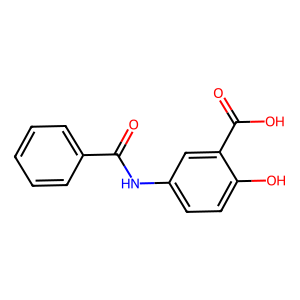
SMILES: O=C(Nc1ccc(O)c(C(=O)O)c1)c1ccccc1
Inhibits HIV replication: No